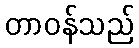
တာဝန်သည်